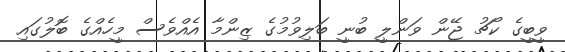
ވީބީގެ ކޯޗު ޖޭން ވަންލީ ބުނީ ބަލިވުމުގެ ޒިންމާ އެއްވެސް މީހެއްގެ ބޮލުގައި